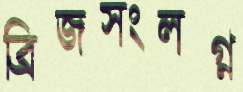
ব্রিজসংলগ্ন